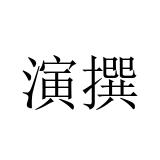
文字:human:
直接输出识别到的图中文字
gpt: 演撰